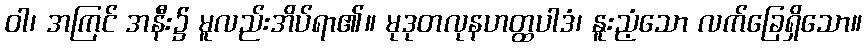
ဝါ၊ အကြင် အနီး၌ မူလည်းအိပ်ရာ၏။ မုဒုတလုနဟတ္ထပါဒံ၊ နူးညံ့သော လက်ခြေရှိသော။